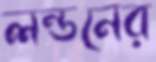
লন্ডনের